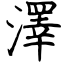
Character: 澤